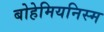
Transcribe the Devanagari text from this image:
बोहेमियनिस्म